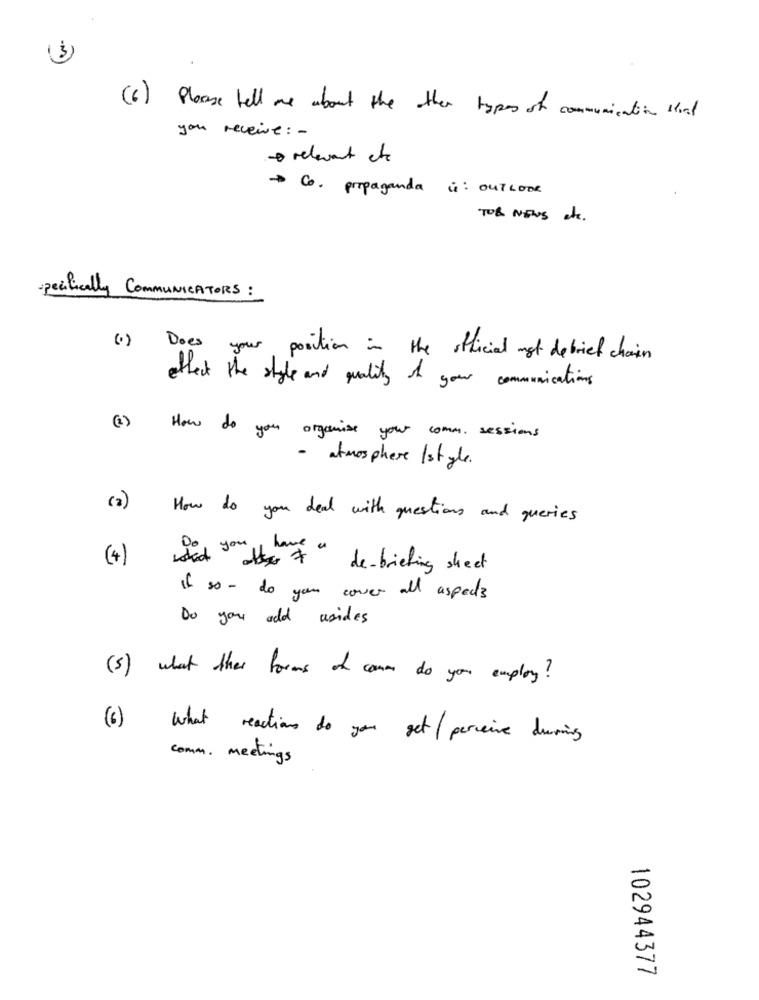
( 6 ) Please tell are about the other types of communication that
you receive : -
relevant etc
-> Co. propaganda ú: OUTLOOK
TOR NEWS etc.
specifically COMMUNICATORS :
(1) Does your position in the official not debrief chain
ethect the style and quality of your communications
(2)
How do you organise your comm. sessions
- atmosphere /style.
(a)
How do you deal with questions and queries
have
(4)
id " + " de-briefing sheet
cover all aspects
Do you add usides
( 5 ) what other forms of comme do you employ ?
(6) What reactions to you get/ perceive during
comm . meetings
102944377